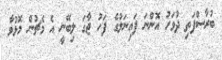
ބުރާސްފަތި ދުވަހު އޮންނަ ފައިނަލުގެ ފަހު ޖާގަ ލިބޭނީ އެ މެޗުން މޮޅުވާ